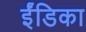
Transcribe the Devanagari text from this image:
ईंडिका